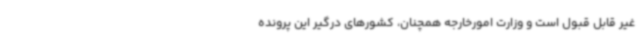
غیر قابل قبول است و وزارت امورخارجه همچنان، کشورهای درگیر این پرونده